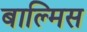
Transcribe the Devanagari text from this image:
बाल्मिस